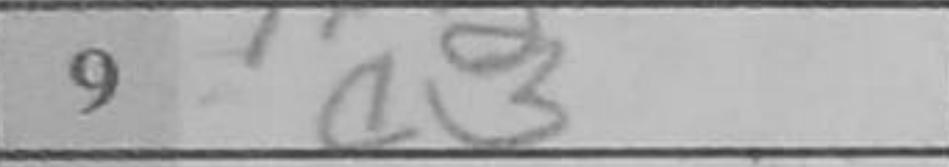
Transcription: a3